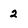
Character: 2